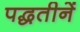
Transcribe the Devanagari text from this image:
पद्धतीनें